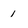
Character: 1